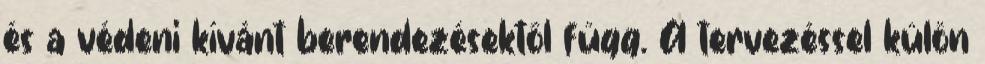
és a védeni kívánt berendezésektől függ. A tervezéssel külön